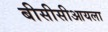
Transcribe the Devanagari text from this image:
बीसीसीआयला